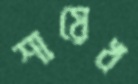
শায়েখ